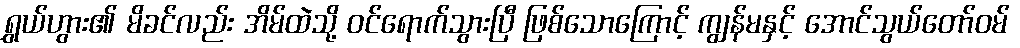
ရွှယ်ဟွား၏ မိခင်လည်း အိမ်ထဲသို့ ဝင်ရောက်သွားပြီ ဖြစ်သောကြောင့် ကျွန်မနှင့် အောင်သွယ်တော်ဝမ်